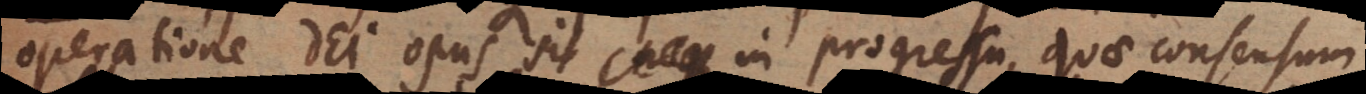
operatione Dei opus sit in progressu, quae consensum